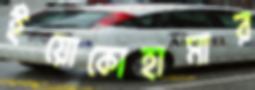
ইয়োকোহামার